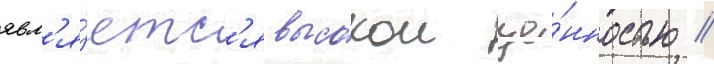
явл'я́етс'я высокои це́нностью //